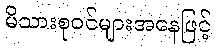
မိသားစုဝင်များအနေဖြင့်